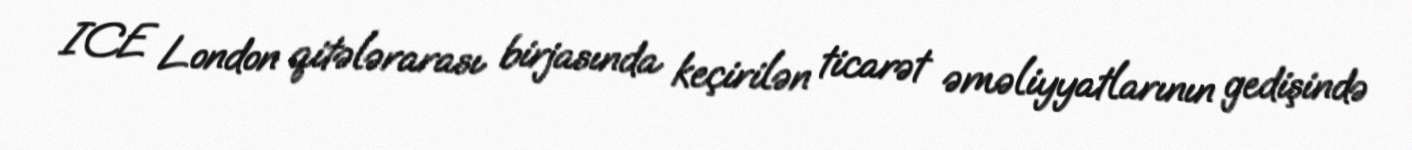
ICE London qitələrarası birjasında keçirilən ticarət əməliyyatlarının gedişində